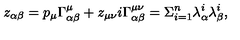
z _ { \alpha \beta } = p _ { \mu } \Gamma _ { \alpha \beta } ^ { \mu } + z _ { \mu \nu } i \Gamma _ { \alpha \beta } ^ { \mu \nu } = \Sigma _ { i = 1 } ^ { n } \lambda _ { \alpha } ^ { i } \lambda _ { \beta } ^ { i } ,